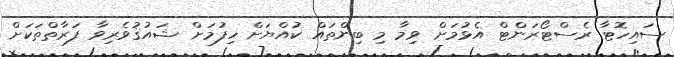
ސައިހޮޓާ ރެސްޓޯރަންޓް އެޅުމަށް ވިމާ މި ބިންތައް ކުއްޔަށް ހިފުމަށް ޝައުޤުވެރިވާ ފަރާތްތަކަށް